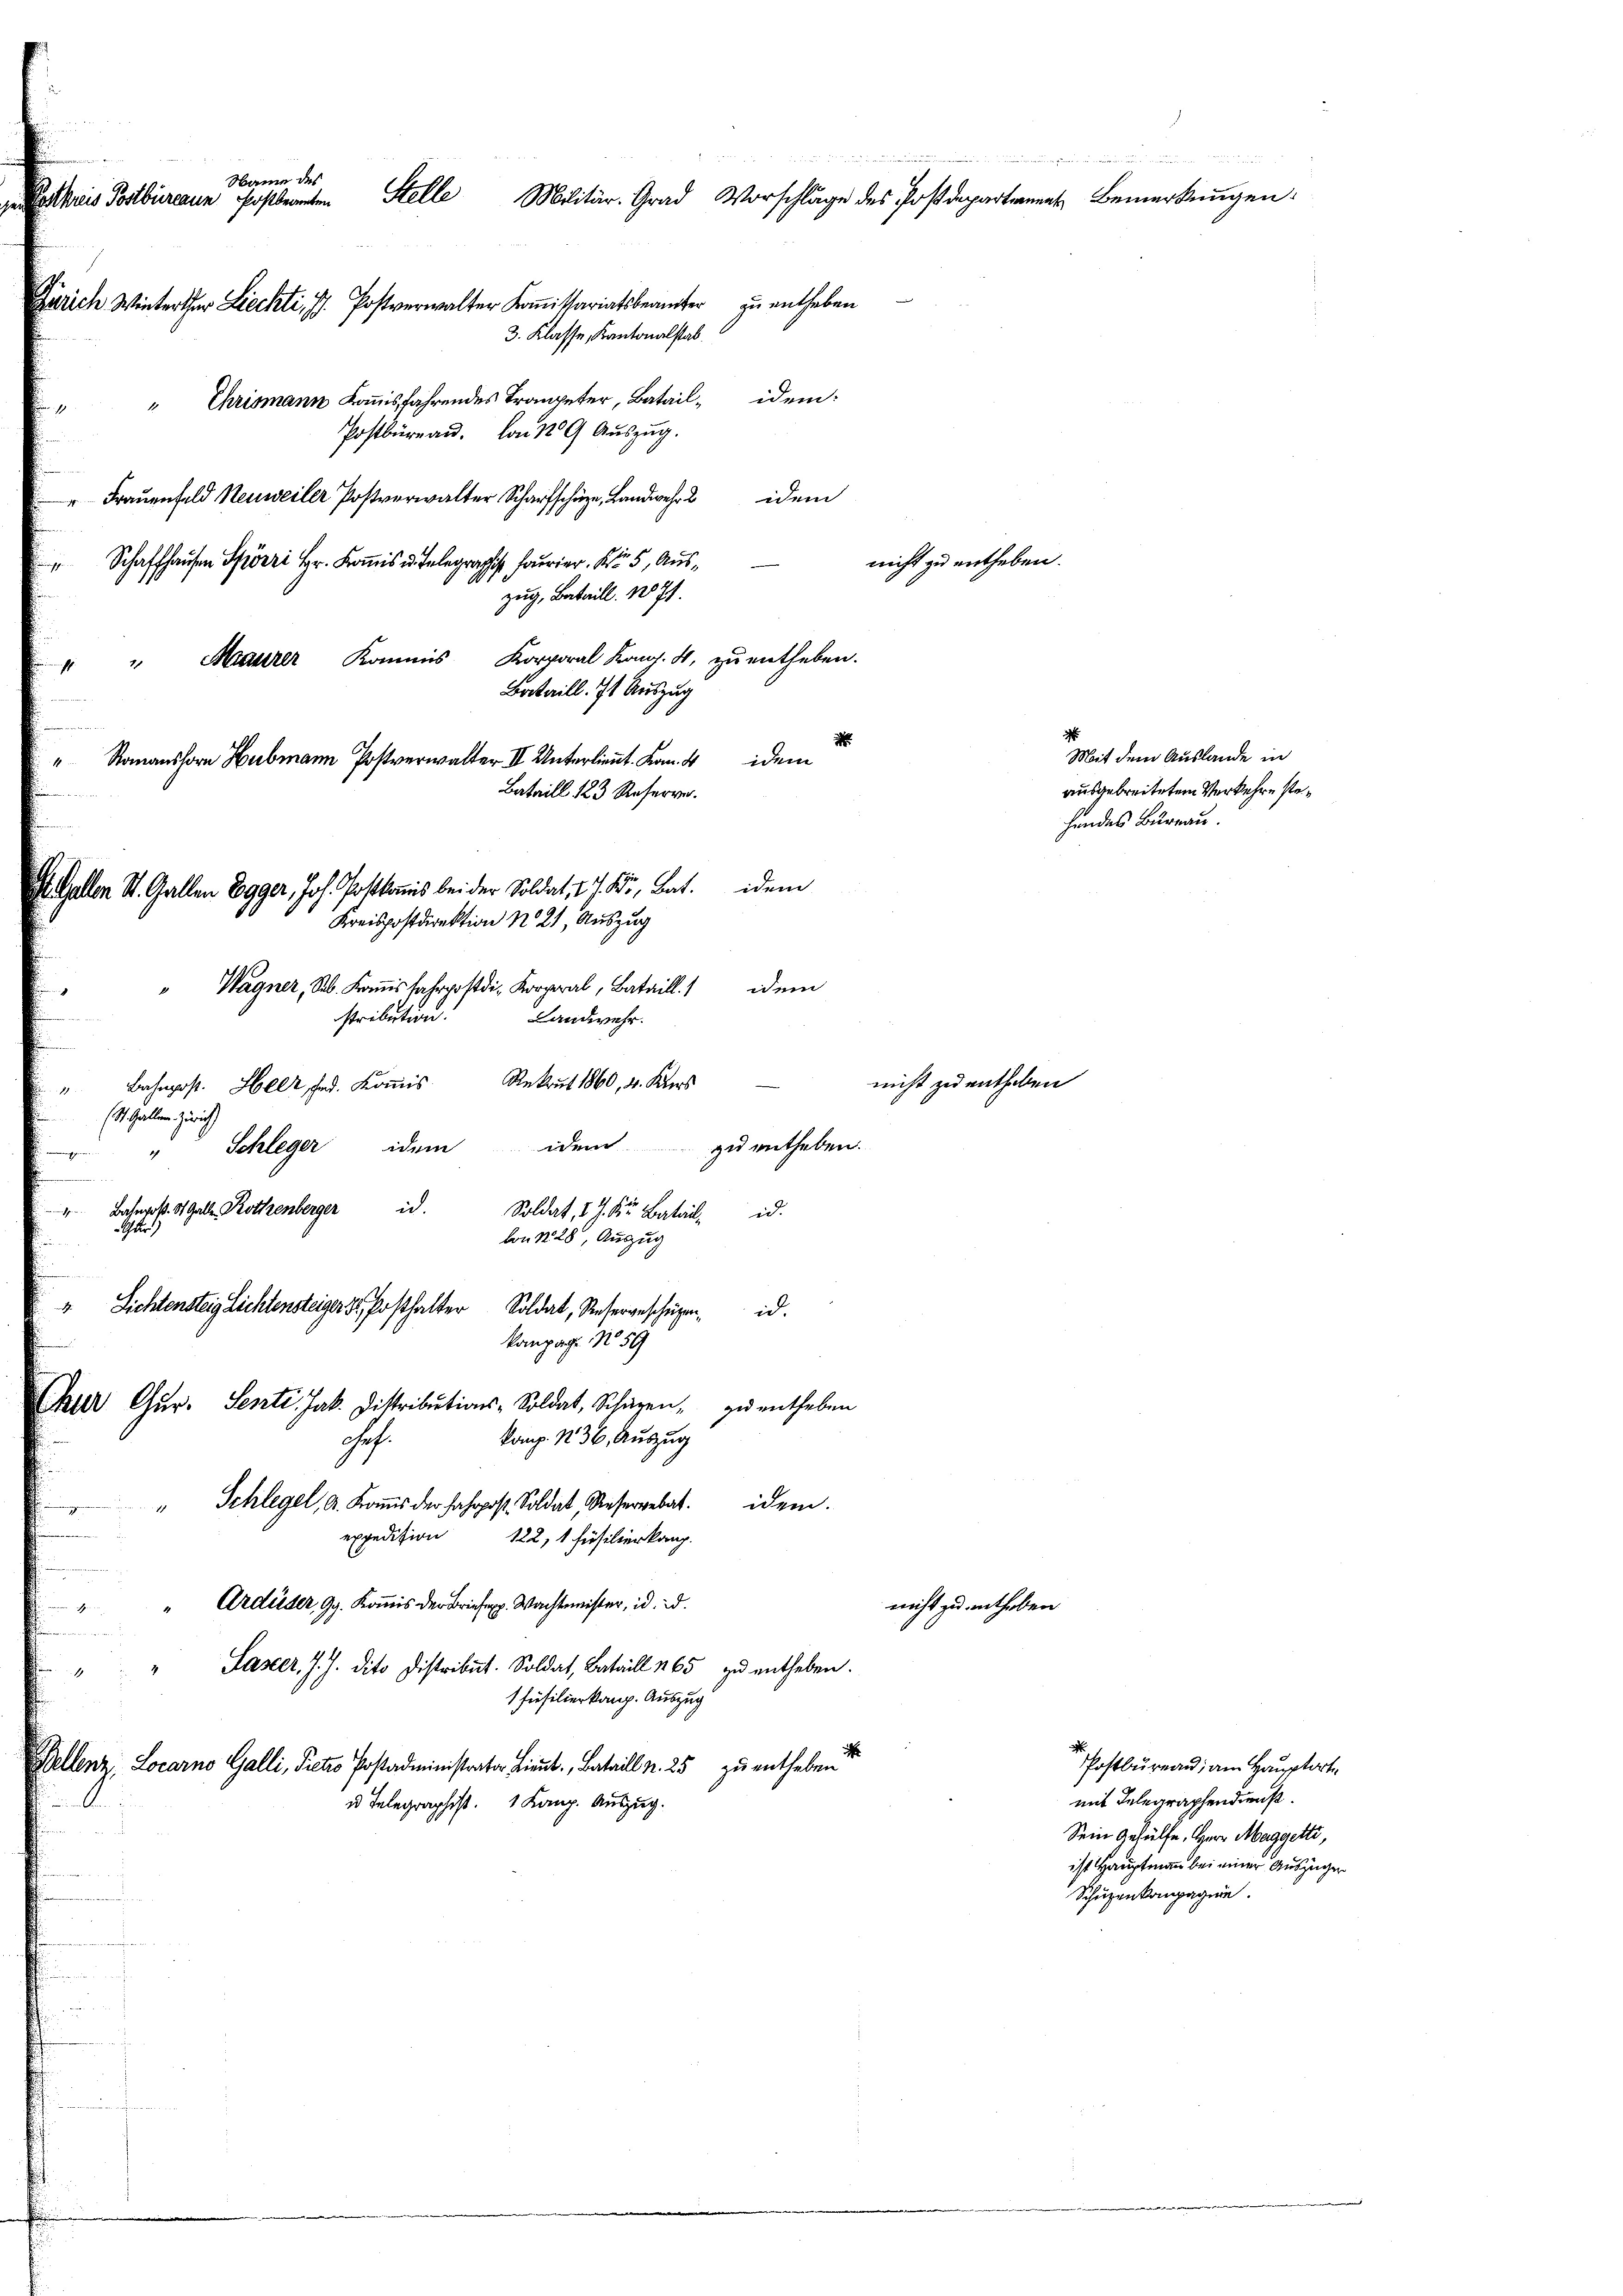
i
Name des
Preis Postbüreaun herstenten Stelle Militär-Grad Vorschläge des Postdepa
vich Winterthur Liechti, J. Postverwalter Komitariatsbeamter zu entheben
3. Klasse, Kantonalstab.
 Chrismann Kommisfahrendes Trompeter, Batail- idem:
Postbüreau. Von 129 Auszug.
idem
" Frauenfeld Neuweiler Postverwalter Scharfschüz, Landwehr 2

dem
" Wagner, Seb. Krons fahrpostdie Korporal, Bataill.
stribution:
Landwehr.
Rekrut 1860, 4. Kurs
Bahnpost. Heer, fand. Kommis
1
(St. Gallen Zürich
 " Schleger idem idem zu entheben.
ich.
" Bahnpoß- St. Galle Rothenberger
Soldat, d. J. K. Batail d.
Gur)

Schaffhause zu
1
zug, Bataill. 1871
" " Maurer Kommis Korporal Kong. 4. zu entheben.
Bataill. 7t Auszug
d
Romanshorn Hubmann Postverwalter II Unterlieut. Kan. 4 dem
Bataill 123 Reserve.
Gallen St. Gallen Egger, Joh. Postkanis bei der Soldat, 27. Fr. Bat. dem
Kreispostdirektion N. 21, Auszug

bon N. 28, Auszug
" Lichtensteig Lichtensteiger 5. Posthalter Soldat, Resergeschüzen id
kompag. No 59
kur Cur. Senti. Jak. Distributions-Soldat, Schäzen, zu entheben
kamp. N. 36, Auszug
f.
" Schlegel, A. Kommis der Fahrpost. Soldat, Reservebat.
idem.
expedition 122, 1 Füsilierkamp.
" Ardüser, Gg. Kommis der Briefe. Wachtmeister, id d.
.

Laster, J. J. dito Distribut. Soldat, Bataill 165 zu entheben.
1 Füsilierkamp. Auszug
enz, Locarno Galli, Pietro Postadministrator Lieut. Bataill v. 25 zu entheben
u Telegraphist. 1 Kanz. Auszug.

nicht zu entheben.

nicht zu enthabe.

nicht zu enthoben

Mit dem Auslande in
ausgebreitetem Verkehre stehendes Bureau.

Postbüreau, am Hauptorte
mit Telegraphendiens.
Sein Gehülfe, Herr Maggetti,
ist Hauptmann bei einer Auszügen
Schüzenkompagnie

und werden den ist es vereittelalten
Bemerkunge